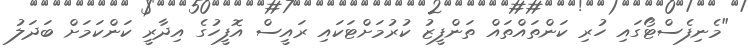
"މެނިފެސްޓޯގައި ހުރި ކަންތައްތައް ތަންފީޒު ކުރުމަށްޓަކައި ރައީސް އޮފީހުގެ އިދާރީ ކަންކަމަށް ބަދަލު